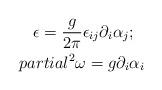
LaTeX: \begin{align*}\epsilon=\frac{g}{2\pi}\epsilon_{ij}\partial_i\alpha_j; \ \ \\partial^2\omega=g\partial_i\alpha_i\end{align*}